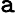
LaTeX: \mathtt{a}